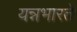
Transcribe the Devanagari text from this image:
यन्नभारते